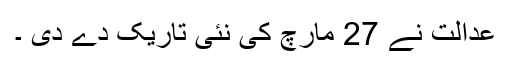
عدالت نے 27 مارچ کی نئی تاریک دے دی ۔